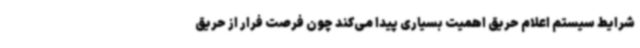
شرایط سیستم اعلام حریق اهمیت بسیاری پیدا می‌کند چون فرصت فرار از حریق